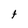
Character: t